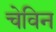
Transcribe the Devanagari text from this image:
चेविन